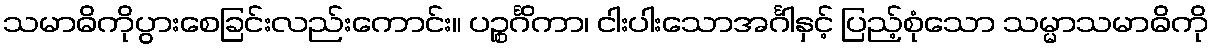
သမာဓိကိုပွားစေခြင်းလည်းကောင်း။ ပဉ္စင်္ဂိကာ၊ ငါးပါးသောအင်္ဂါနှင့် ပြည့်စုံသော သမ္မာသမာဓိကို